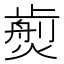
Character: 𤎵